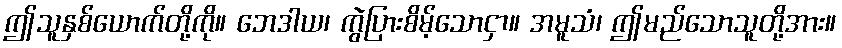
ဤသူနှစ်ယောက်တို့ကို။ ဘေဒါယ၊ ကွဲပြားစိမ့်သောငှာ။ အမူသံ၊ ဤမည်သောသူတို့အား။